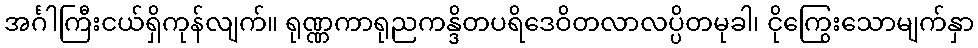
အင်္ဂါကြီးငယ်ရှိကုန်လျက်။ ရုဏ္ဏကာရုညကန္ဒိတပရိဒေဝိတလာလပ္ပိတမုခါ၊ ငိုကြွေးသောမျက်နှာ